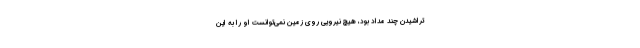
تراشیدن چند مداد بود، هیچ نیرویی روی زمین نمی‌توانست او را به این